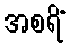
အစရိံ